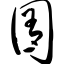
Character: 囿